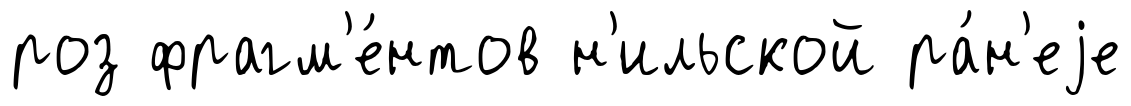
роз фрагм'е́нтов н'ильской ра́н'еjе